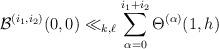
LaTeX: \begin{align*} \mathcal{B}^{(i_1,i_2)} (0,0) \ll_{k,\ell} \sum_{\alpha=0}^{i_1+i_2} \Theta^{(\alpha)}(1,h)\end{align*}